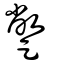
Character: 蹩